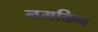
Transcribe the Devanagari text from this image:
नमकिन